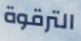
الترقوة